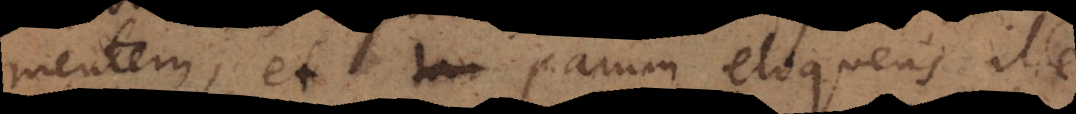
mentem, et parum eloquens ille